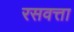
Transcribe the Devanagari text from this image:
रसवत्ता